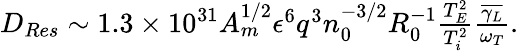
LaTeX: \begin{array}{r}{D_{Res}\sim 1.3\times 10^{31}A_{m}^{1/2}\epsilon^{6}q^{3}n_{0}^{-3/2}R_{0}^{-1}\frac{T_{E}^{2}}{T_{i}^{2}}\frac{\overline{{\gamma_{L}}}}{\omega_{T}}.}\end{array}